Indian journal of veterinary science and animal husbandry - Volume 13,
Year: 1943
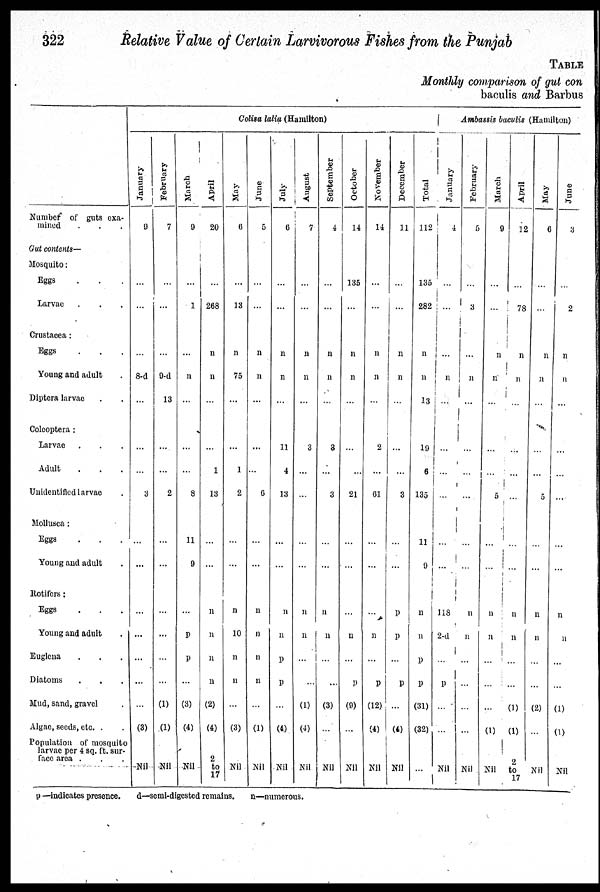
322
Relative Value of Certain Larvivorous Fishes from the Punjab
TABLE
Monthly comparison of gut con
baculis and Barbus
Number of guts exa-
mined . . .
Gut contents—
Mosquito:
Eggs . . .
Larvae...
Crustacea:
Eggs . . .
Young and adult .
Diptera larvae . .
Colcoptera:
Larvae . . .
Adult . . .
Unidentified larvae .
Mollusea:
Eggs . . .
Young and adult .
Rotifers:
Eggs . . .
Young and adult .
Euglena . . .
Diatoms . . .
Mud, sand, gravel .
Algae, seeds, etc. . .
Population of mosquito
larvae per 4 sq. ft. sur-
face area . . .
Colisa lalia (Hamilton)
January
9
...
...
...
8-d
...
...
...
3
...
...
...
...
...
...
...
(3)
Nil
February
7
...
...
...
9-d
13
...
...
2
...
...
...
...
...
...
(1)
(1)
Nil
March
9
...
1
...
n
...
...
...
8
11
9
...
p
p
...
(3)
(4)
Nil
April
20
...
268
n
n
...
...
1
13
...
...
n
n
n
n
(2)
(4)
2
to
17
May
6
...
13
n
75
...
...
1
2
...
...
n
10
n
n
...
(3)
Nil
June
5
...
...
n
n
...
...
...
6
...
...
n
n
n
n
...
(1)
Nil
July
6
...
...
n
n
...
11
4
13
...
...
n
n
p
p
...
(4)
Nil
August
7
...
...
n
n
...
3
...
...
...
...
n
n
...
...
(1)
(4)
Nil
September
4
...
...
n
n
...
3
...
3
...
...
n
n
...
...
(3)
...
Nil
October
14
135
...
n
n
...
...
...
21
...
...
...
n
...
p
(9)
...
Nil
November
14
...
...
n
n
...
2
...
61
...
...
...
n
...
p
(12)
(4)
Nil
December
11
...
...
n
n
...
...
...
3
...
...
p
p
...
p
...
(4)
Nil
Total
112
135
282
n
n
13
19
6
135
11
9
n
n
p
p
(31)
(32)
...
Ambassis baculis (Hamilton)
January
4
...
...
...
n
...
...
...
...
...
...
118
2-d
...
p
...
...
Nil
February
5
...
3
...
n
...
...
...
...
...
...
n
n
...
...
...
...
Nil
March
9
...
...
n
n
...
...
...
5
...
...
n
n
...
...
...
(1)
Nil
April
12
...
78
n
n
...
...
...
...
...
...
n
n
...
...
(1)
(1)
2
to
17
May
6
...
...
n
n
...
...
...
5
...
...
n
n
...
...
(2)
...
Nil
June
3
...
2
n
n
...
...
..
...
...
...
n
n
...
...
(1)
(1)
Nil
p—indicates presence.
d—semi-digested remains.
n—numerous.